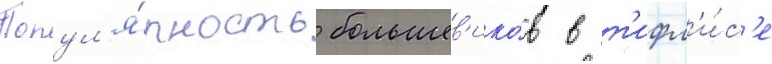
Попул'я́рность большев'ико́в в т'ифл'и́с'е